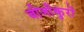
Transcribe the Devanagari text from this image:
बीजाँकुरों